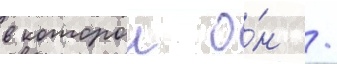
в которои о́н /